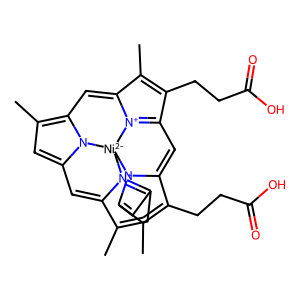
SMILES: CC1=CC2=[N+]3C1=Cc1cc(C)c4n1[Ni-2]31n3c(c(C)c(CCC(=O)O)c3=CC3=[N+]1C(=C4)C(C)=C3CCC(=O)O)=C2
Inhibits HIV replication: No